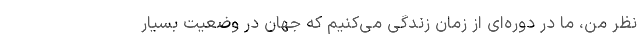
نظر من، ما در دوره‌ای از زمان زندگی می‌کنیم که جهان در وضعیت بسیار